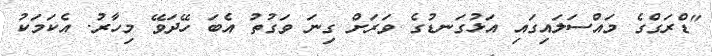
"ޑްރަގްގެ މައްސަލައިގައި އަޅުގަނޑުގެ ވަރަށް ގިނަ ވަގުތު އެބަ ހޭދަވޭ މިހާރު. އެކަމަކު